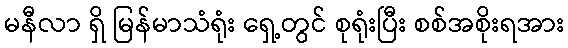
မနီလာ ရှိ မြန်မာသံရုံး ရှေ့တွင် စုရုံးပြီး စစ်အစိုးရအား